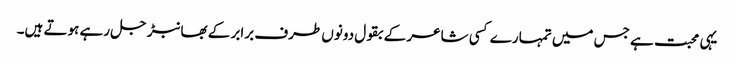
یہی محبت ہے جس میں تمہارے کسی شاعر کے بقول دونوں طرف برابر کے بھانبڑ جل رہے ہوتے ہیں۔